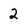
Character: 2